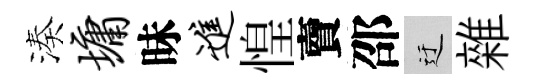
湊墉昧进惶𧶠邵迂雜